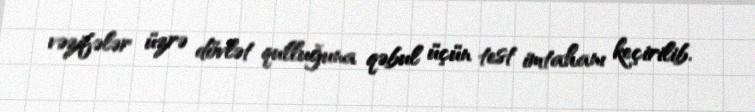
vəzifələr üzrə dövlət qulluğuna qəbul üçün test imtahanı keçirilib.